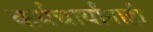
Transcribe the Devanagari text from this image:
कर्मचार्यांनाही